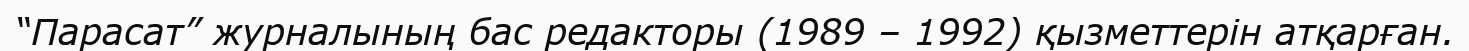
“Парасат” журналының бас редакторы (1989 – 1992) қызметтерін атқарған.